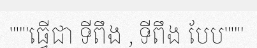
"""ធ្វើជា ទីពឹង , ទីពឹង បែប"""